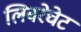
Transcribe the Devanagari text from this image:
लिबरेचेट